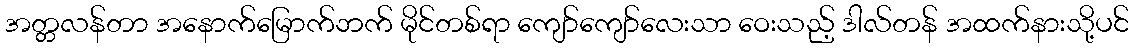
အတ္တလန်တာ အနောက်မြောက်ဘက် မိုင်တစ်ရာ ကျော်ကျော်လေးသာ ဝေးသည့် ဒါလ်တန် အထက်နားသို့ပင်